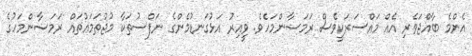
އެންމެ ބާއްޖަވެރި އެއް މައްސަރަކީވެސް ރަމަޟާންމަހެވެ. ވީއިރު އަޅުގަނޑުމެންގެ ނަފްސުތަކާ މުޖުތަމަޢުތައް ރަމަޟާންމަހުގެ